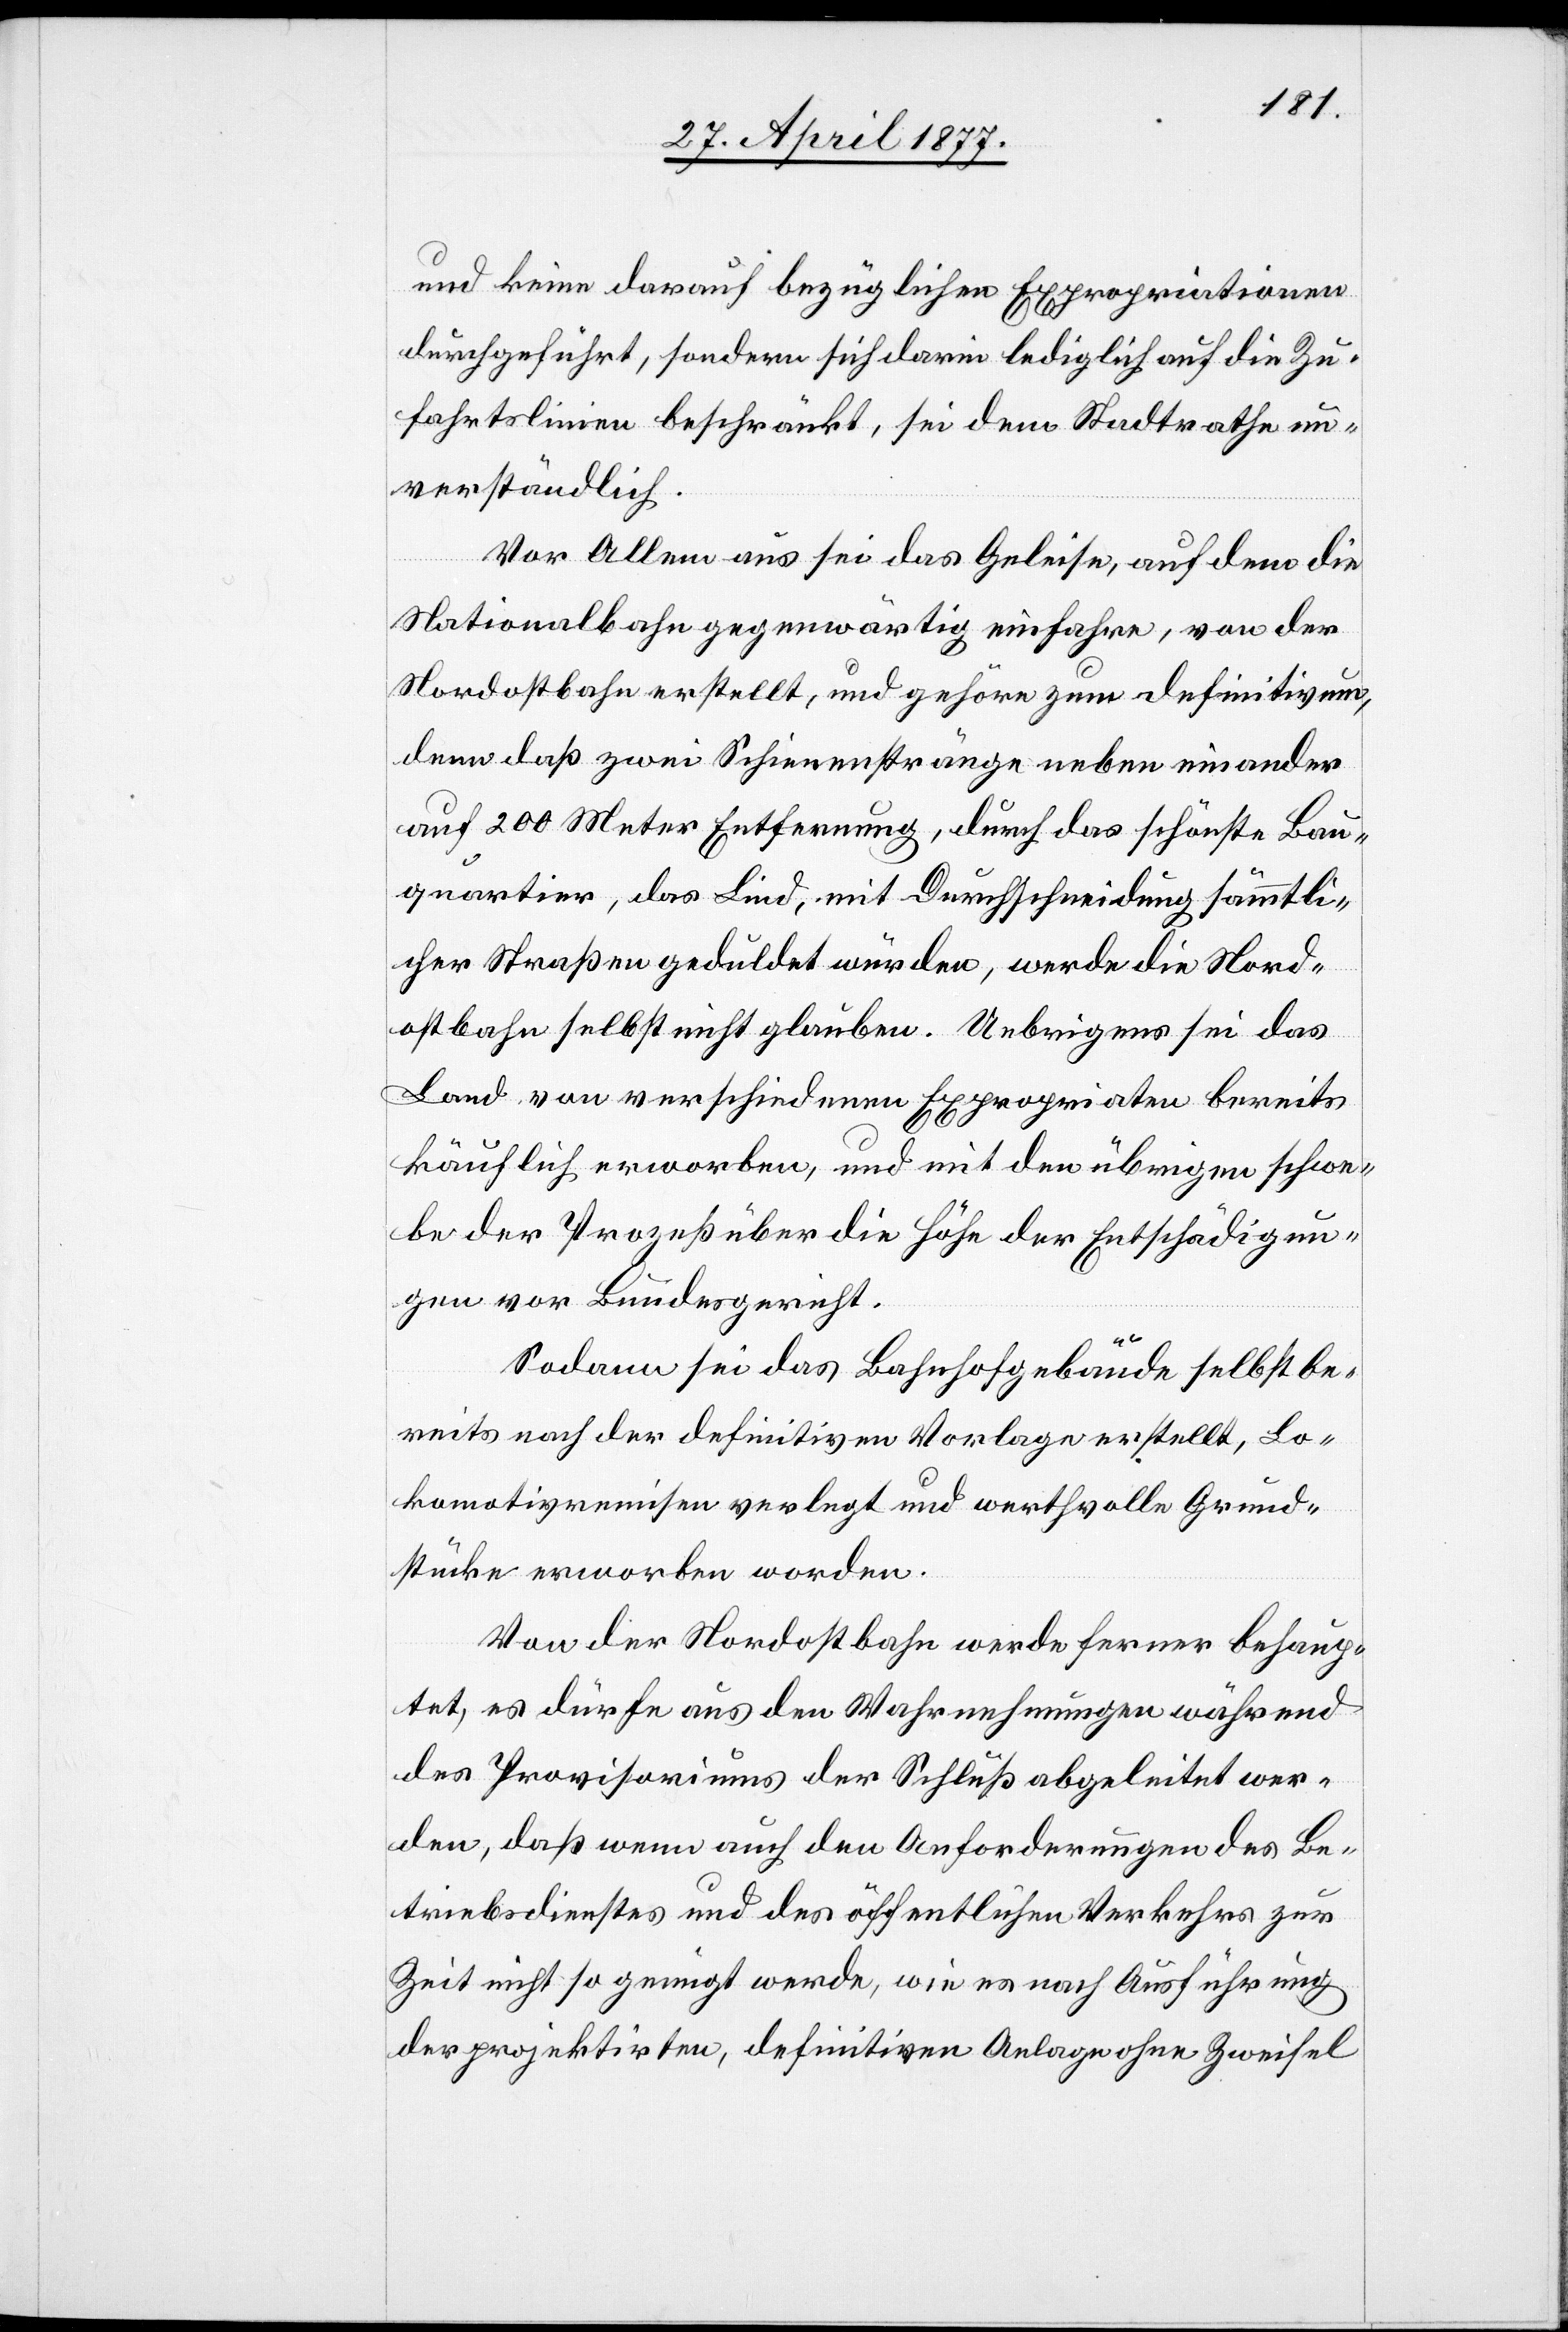
und keine darauf bezüglichen Expropriationen
durchgeführt, sondern sich darin lediglich auf die Zu¬
fahrtslinien beschränkt, sei dem Stadtrathe un¬
verständlich.
Vor Allem aus sei das Geleise, auf dem die
Nationalbahn gegenwärtig einfahre, von der
Nordostbahn erstellt, und gehöre zum Definitivum,
denn daß zwei Schienenstränge neben einander
auf 200 Meter Entfernung, durch das schönste Bau¬
quartier, das Lind, mit Durchschneidung sämmtli¬
cher Straßen geduldet würden, werde die Nord¬
ostbahn selbst nicht glauben. Uebrigens sei das
Land von verschiedenen Expropriaten bereits
käuflich erworben, und mit den übrigen schwe¬
be der Prozeß über die Höhe der Entschädigun¬
gen vor Bundesgericht.
Sodann sei das Bahnhofgebäude selbst be¬
reits nach der definitiven Vorlage erstellt, Lo¬
komotivremisen verlegt und werthvolle Grund¬
stücke erworben worden.
Von der Nordostbahn werde ferner behaup¬
tet, es dürfe aus den Wahrnehmungen während
des Provisoriums der Schluß abgeleitet wer¬
den, daß wenn auch den Anforderungen des Be¬
triebsdienstes und des öffentlichen Verkehrs zur
Zeit nicht so genügt werde, wie es nach Ausführung
der projektirten, definitiven Anlage ohne Zweifel